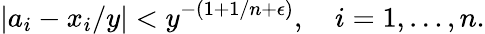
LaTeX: |a_{i}-x_{i}/y|<y^{-(1+1/n+\epsilon)},\quad i=1,\ldots,n.